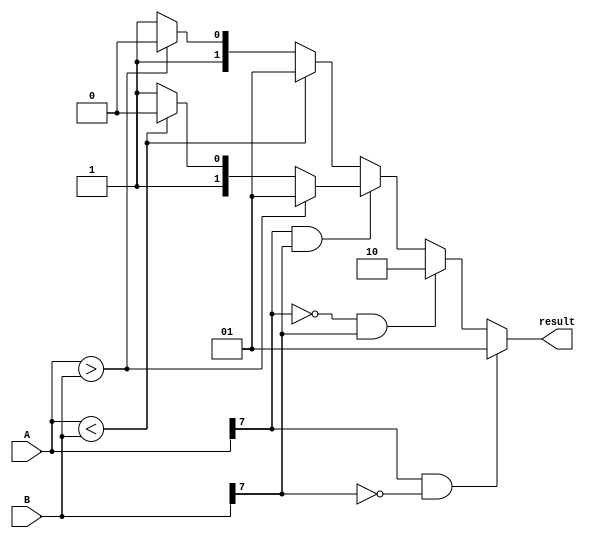
module signed_magnitude_comparator(
    input signed [7:0] A,
    input signed [7:0] B,
    output reg [1:0] result
);

always @(*) begin
    if (A[7] == 1 && B[7] == 0) begin // A is negative, B is positive
        result = 2'b01; // A < B
    end else if (A[7] == 0 && B[7] == 1) begin // A is positive, B is negative
        result = 2'b10; // A > B
    end else if (A[7] == 1 && B[7] == 1) begin // Both numbers are negative
        if (A > B) begin
            result = 2'b01; // A < B
        end else if (A < B) begin
            result = 2'b10; // A > B
        end else begin
            result = 2'b11; // A = B
        end
    end else begin // Both numbers are positive
        if (A < B) begin
            result = 2'b01; // A < B
        end else if (A > B) begin
            result = 2'b10; // A > B
        end else begin
            result = 2'b11; // A = B
        end
    end
end

endmodule